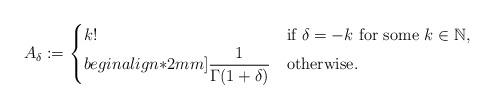
LaTeX: \begin{align*}A_{\delta} &:= \begin{cases}k! &\mbox{if $\delta =-k$ for some $k\in \mathbb{N}$,} \\begin{align*}2mm]\dfrac{1}{\Gamma(1+\delta)} & \mbox{otherwise.} \\\end{cases}\end{align*}